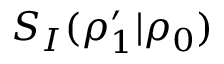
S _ { I } ( \rho _ { 1 } ^ { \prime } | \rho _ { 0 } )